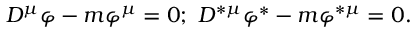
D ^ { \mu } \varphi - m \varphi ^ { \mu } = 0 ; \ D ^ { \ast \mu } \varphi ^ { \ast } - m \varphi ^ { \ast \mu } = 0 .